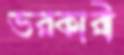
ভরকারী